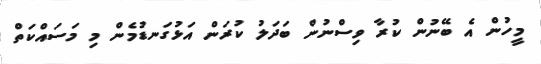
މީހުން އެ ބޭނުން ކުރާ ވިސްނުން ބަދަލު ކުރަން އަޅުގަނޑުމެން މި މަސައްކަތް